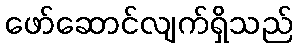
ဖော်ဆောင်လျက်ရှိသည်